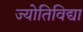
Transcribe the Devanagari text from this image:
ज्योतिविद्या